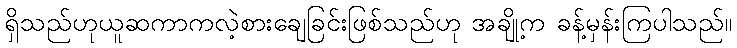
ရှိသည်ဟုယူဆကာကလဲ့စားချေခြင်းဖြစ်သည်ဟု အချို့က ခန့်မှန်းကြပါသည်။